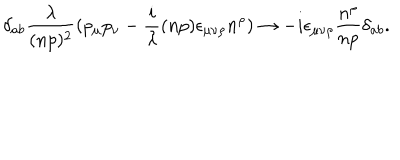
\delta _ { a b } { \frac { \lambda } { ( n p ) ^ { 2 } } } ( p _ { \mu } p _ { \nu } - { \frac { i } { \lambda } } ( n p ) \epsilon _ { \mu \nu \rho } n ^ { \rho } ) \rightarrow - i \epsilon _ { \mu \nu \rho } { \frac { n ^ { \rho } } { n p } } \delta _ { a b } .